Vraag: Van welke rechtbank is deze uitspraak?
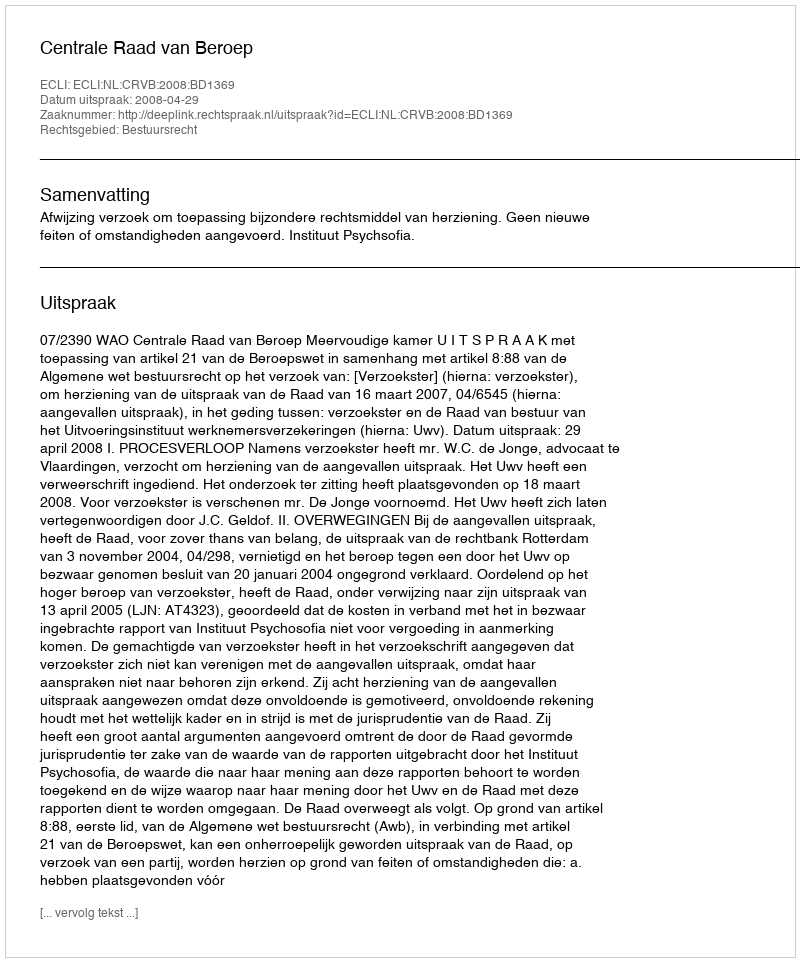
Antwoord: Centrale Raad van Beroep